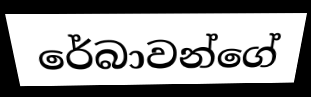
රේබාවන්ගේ